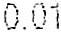
0.01